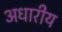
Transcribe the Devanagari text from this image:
अधारीय